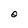
Character: O